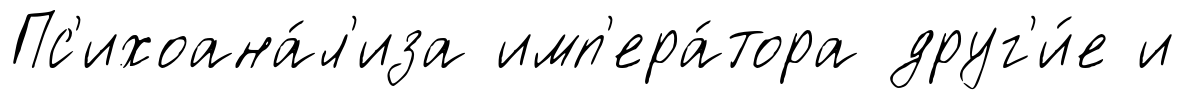
Пс'ихоана́л'иза имп'ера́тора друг'и́е и